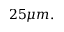
2 5 \mu m .